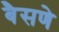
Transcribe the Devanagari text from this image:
बैसणे